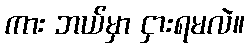
ကား ဘယ်မှာ ငှားရမလဲ။